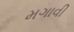
મગાવી